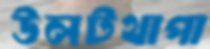
উলটথাপা